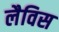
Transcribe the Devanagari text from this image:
लैविस